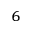
_ 6